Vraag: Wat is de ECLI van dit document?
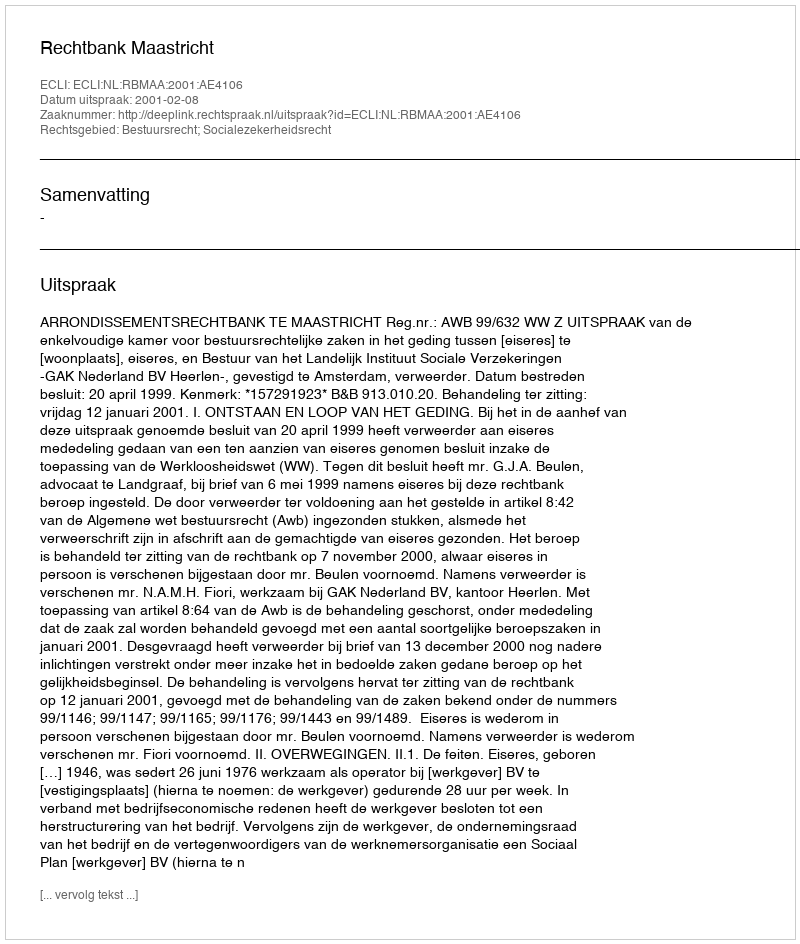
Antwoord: ECLI:NL:RBMAA:2001:AE4106